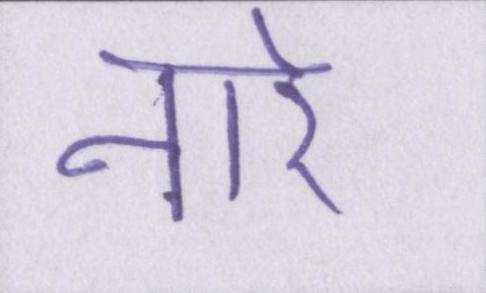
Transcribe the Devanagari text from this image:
नारे